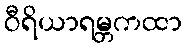
ဝီရိယာရမ္ဘကထာ